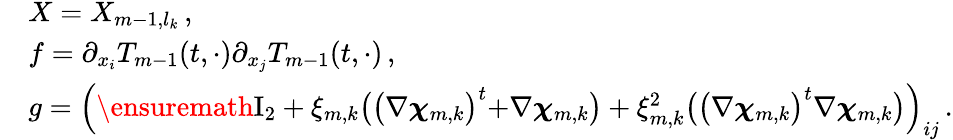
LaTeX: \begin{array}{rl}&{X=X_{m-1,l_{k}}\, ,}\\ &{f=\partial_{x_{i}}T_{m-1}(t,\cdot)\partial_{x_{j}}T_{m-1}(t,\cdot)\, ,}\\ &{g=\Bigl(\ensuremath{\mathrm{I}_{2}}+\xi_{m,k}\bigl(\bigl(\nabla{\boldsymbol{\chi}}_{m,k}\bigr)^{t}{+}\nabla{\boldsymbol{\chi}}_{m,k}\bigr)+\xi_{m,k}^{2}\bigl(\bigl(\nabla{\boldsymbol{\chi}}_{m,k}\bigr)^{t}\nabla{\boldsymbol{\chi}}_{m,k}\bigr)\Bigr)_{ij}\, .}\end{array}